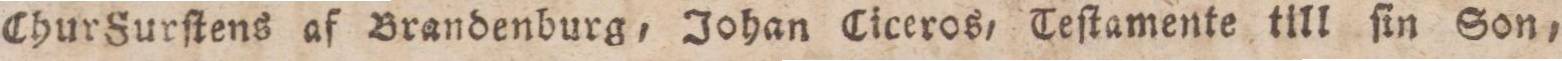
Chur Furſtens af Brandenburg, Johan Ciceros, Teſtamente till ſin Son,